Vaccination United Provinces of Agra and Oudh 1914-1922 - 1914-1922
Year: 1914
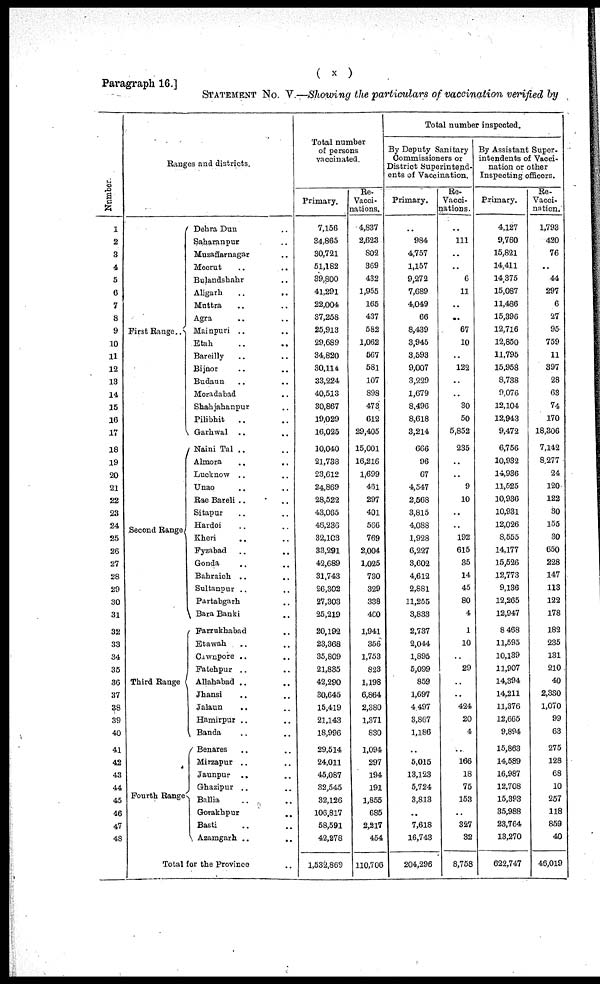
Paragraph 16.]
( x )
STATEMENT No. V —Showing the particulars of vaccination verified by
Number.
1
2
3
4
5
6
7
8
9
10
11
12
13
14
15
16
17
18
19
20
21
22
23
24
25
26
27
28
29
30
31
32
33
34
35
36
37
38
39
40
41
42
43
44
45
46
47
48
Ranges and districts.
First Range ...
Second Range
Third Range
Fourth Range
Dehra Dun ... ...
Saharanpur ... ...
Muzaffarnagar ...
Meerut ... ...
Bulandshahr ... ...
Aligarh
..
..
Muttra ... ...
Agra ... ...
Mainpuri .. ...
Etah ... ...
Bareilly ... ...
Bijnor ... ...
Budaun ... ...
Moradabad ...
Shahjahanpur ...
Pilibhit ... ...
Garhwal ... ...
Naini Tal .. ...
Almora ... ...
Lucknow .. ...
Unao ... ...
Rae Bareli ... ...
Sitapur ... ...
Hardoi ... ...
Kheri ... ...
Fyzabad ... ...
Gonda ... ...
Bahraich .. ...
Sultanpur ... ...
Partabgarh ... ...
Bara Banki ... ...
Farrukhabad ... ...
Etawah ... ...
Cawnpore .. ...
Fatehpur ... ...
Allahabad .. ...
Jhansi ... ...
Jalaun ... ...
Hamirpur .. ...
Banda ... ...
Benares ... ...
Mirzapur ... ...
Jaunpur .. ...
Ghazipur ... ...
Ballia ... ...
Gorakhpur ... ...
Basti ... ...
Azamgarh ... ...
Total for the Province ...
Total number
of persons
vaccinated.
Primary.
7,156
34,865
30,721
51,182
39,800
41,291
22,004
37,258
25,913
29,689
34,820
30,114
33,224
40,513
30,867
19,029
16,025
10,040
21,738
23,612
24,869
28,522
43,065
46,236
32,103
33,291
42,689
31,743
26,302
27,303
25,219
20,192
23,368
35,809
21,835
42,290
30,645
15,419
21,143
18,996
29,514
24,011
45,087
32,545
32,126
106,817
58,591
42,278
1,532,869
Re-
Vacci-
nations.
4,837
2,623
802
369
432
1,955
165
437
582
1,062
567
581
107
898
473
612
29,405
15,001
16,216
1,699
461
297
401
566
769
2,004
1,025
730
329
338
400
1,941
356
1,753
823
1,198
6,864
2,380
1,371
830
1,094
297
194
191
1,855
685
2,217
454
110,706
Total number inspected.
By Deputy Sanitary
Commissioners or
District Superintend-
ents of Vaccination.
Primary.
...
984
4,757
1,157
9,272
7,689
4,049
66
8,439
3,945
3,593
9,007
3,229
1,679
8,496
8,618
3,214
666
96
67
4,547
2,568
3,815
4,088
1,928
6,227
3,602
4,612
2,881
11,255
3,833
2,737
2,044
1,895
5,099
859
1,697
4,497
3,867
1,186
...
5,015
13,123
5,724
3,813
...
7,618
16,743
204,296
Re-
Vacci-
nations.
...
111
...
...
6
11
...
..
67
10
...
122
...
...
30
50
5,852
235
...
...
9
10
...
...
192
615
35
14
45
80
4
1
10
...
29
...
...
424
20
4
...
166
18
75
153
...
327
32
8,758
By Assistant Super-
intendents of Vacci-
nation or other
Inspecting officers.
Primary.
4,127
9,760
15,821
14,411
14,375
15,087
11,486
15,396
12,716
12,850
11,795
15,958
8,738
9,076
12,104
12,943
9,472
6,756
10,932
14,936
11,525
10,936
10,931
12,026
8,555
14,177
15,526
12,773
9,136
12,265
12,947
8,468
11,595
10,139
11,907
14,394
14,211
11,376
12,665
9,894
15,863
14,589
16,987
12,708
15,393
35,988
23,764
13,270
622,747
Re-
Vacci¬
nation.
1,793
420
76
...
44
297
6
27
95
759
11
397
28
63
74
170
18,306
7,142
8,277
24
120
122
30
155
30
650
228
147
113
122
178
182
235
131
210
40
2,330
1,070
99
63
275
128
68
10
257
118
859
40
46,019